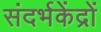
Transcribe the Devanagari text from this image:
संदर्भकेंद्रों